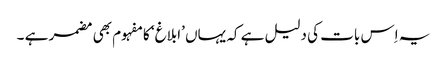
یہ اِس بات کی دلیل ہے کہ یہاں ’ابلاغ‘ کا مفہوم بھی مضمر ہے ۔